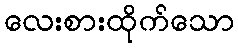
လေးစားထိုက်သော